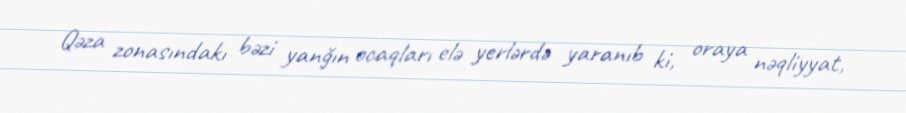
Qəza zonasındakı bəzi yanğın ocaqları elə yerlərdə yaranıb ki, oraya nəqliyyat,